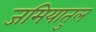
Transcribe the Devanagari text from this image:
जमियातुल